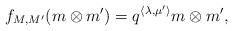
LaTeX: \begin{align*} f_{M,M'}(m\otimes m') = q^{\langle\lambda,\mu'\rangle}m\otimes m',\end{align*}